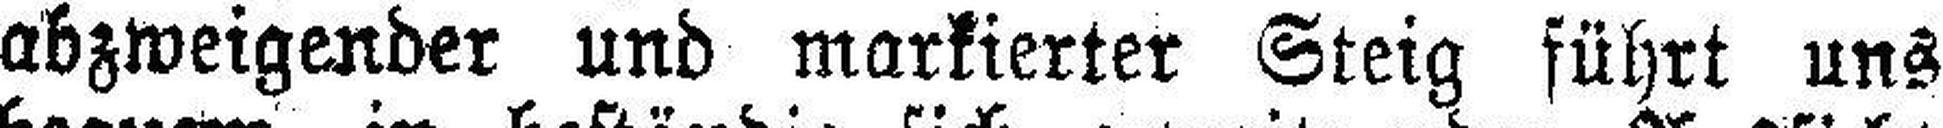
abzweigender und markierter Steig führt uns